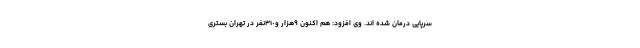
سرپایی درمان شده اند. وی افزود: هم اکنون ٩هزار و٣١٠نفر در تهران بستری